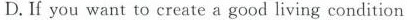
D. If you want to create a good living condition